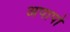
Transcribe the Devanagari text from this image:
अपापो